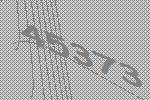
45373